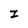
Character: I